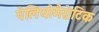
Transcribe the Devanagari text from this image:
पेलियोमैग्नेटिक